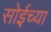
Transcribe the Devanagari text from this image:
सोईच्या